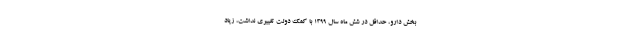
بخش دارو، حداقل در شش ماه سال ۱۳۹۹ با کمک دولت تغییری نداشت، زیاد